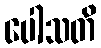
ပေါသတိ